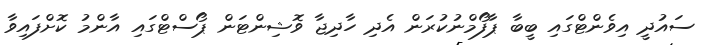
ސައުދީ އިވެންޓްގައި ބީބާ ޕާފޯމްނުކުރަން އެދި ހާދިޖާ ވޮޝިންޓަން ޕޯސްޓްގައި އާންމު ކޮށްފައިވާ